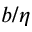
b / \eta